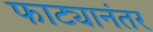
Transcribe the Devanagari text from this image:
फाट्यानंतर